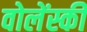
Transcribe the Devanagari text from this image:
वोलेंस्की